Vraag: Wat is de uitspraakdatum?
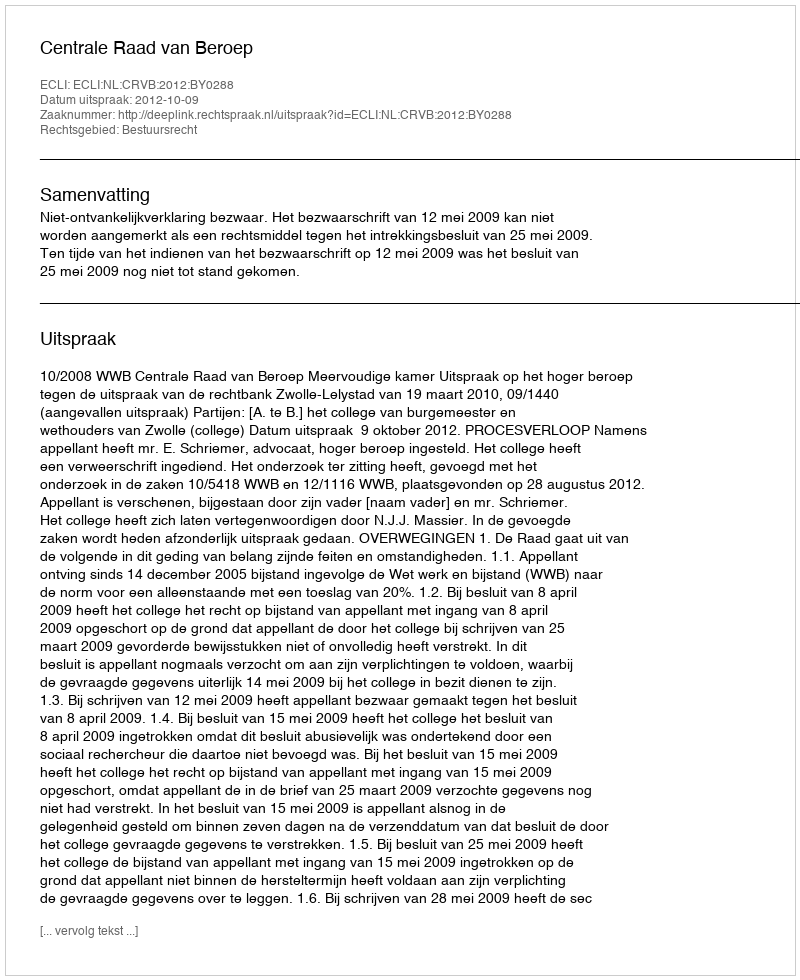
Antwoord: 2012-10-09